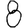
Digit: 8